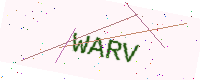
Text: WARV